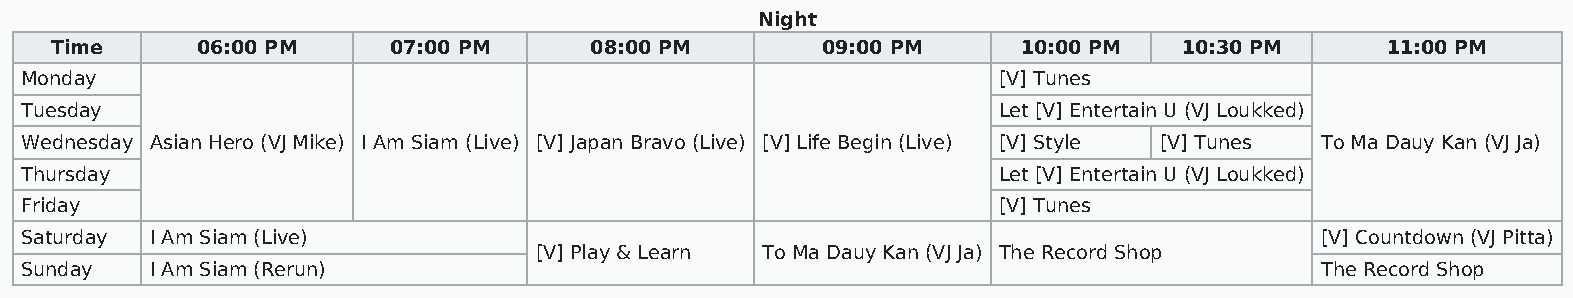
Night
 Time      06:00 PM     07:00 PM     08:00 PM       09:00 PM      10:00 PM  10:30 PM      11:00 PM
 Monday                                                           [V] Tunes
 Tuesday                                                          Let [V] Entertain U (VJ Loukked)
 Wednesday Asian Hero (VJ Mike) I Am Siam (Live) [V] Japan Bravo (Live) [V] Life Begin (Live) [V] Style [V] Tunes To Ma Dauy Kan (VJ Ja)
 Thursday                                                         Let [V] Entertain U (VJ Loukked)
 Friday                                                           [V] Tunes
 Saturday I Am Siam (Live)                                                             [V] Countdown (VJ Pitta)
 [V] Play & Learn To Ma Dauy Kan (VJ Ja) The Record Shop
 Sunday   I Am Siam (Rerun)                                                            The Record Shop